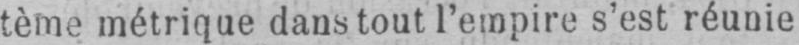
tème métrique dans tout l’empire s’est réunie